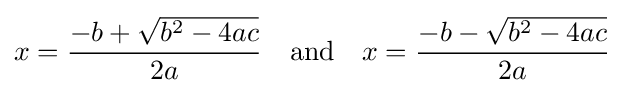
x={\frac {-b+{\sqrt {b^{2}-4ac}}}{2a}}\quad {\text{and}}\quad x={\frac {-b-{\sqrt {b^{2}-4ac}}}{2a}}